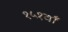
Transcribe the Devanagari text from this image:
१५१वाँ